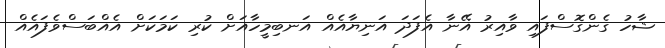
ޝާހު ގެންގޮސްފައި ވާއިރު އޭނާ އެފަދަ އަނިޔާއެއް އަނބިމީހާއަށް ކުރި ކަމަކަށް އެއްބަސްވެފައެއް